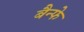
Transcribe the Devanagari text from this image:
बैन्फे